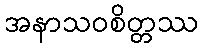
အနာသဝစိတ္တဿ